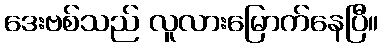
ဒေးဗစ်သည် လူလားမြောက်နေပြီ။